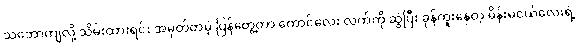
သဘောကျလို့ သိမ်းထားရင်း အမှတ်တမဲ့ ပြန်တွေ့တာ ကောင်လေး လက်ကို ဆွဲပြီး ခုန်ကူးနေတဲ့ မိန်းမငယ်လေးရဲ့